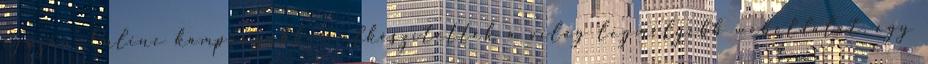
igazán. Online kampányukban elkészítették a világ legmélyebb weboldalát, egy